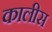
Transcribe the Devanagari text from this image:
कालीस